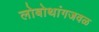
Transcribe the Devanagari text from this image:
लोबोथांगजवळ